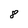
Character: 8